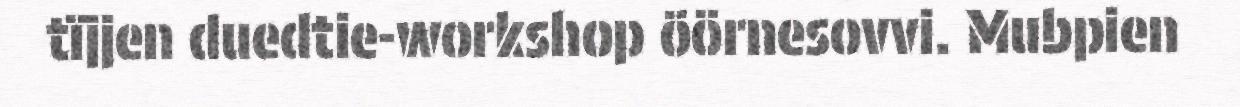
tïjjen duedtie-workshop öörnesovvi. Mubpien